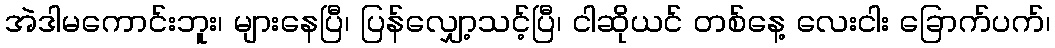
အဲဒါမကောင်းဘူး၊ များနေပြီ၊ ပြန်လျှော့သင့်ပြီ၊ ငါဆိုယင် တစ်နေ့ လေးငါး ခြောက်ပက်၊